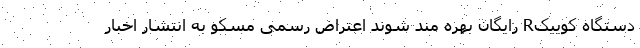
دستگاه کوییکR رایگان بهره مند شوند اعتراض رسمی مسکو به انتشار اخبار